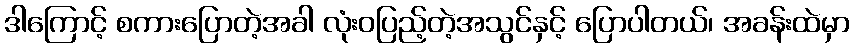
ဒါကြောင့် စကားပြောတဲ့အခါ လုံးဝပြည့်တဲ့အသွင်နှင့် ပြောပါတယ်၊ အခန်းထဲမှာ